Report of the Indian Hemp Drugs Commission, 1894-1895 - Volume V
Year: 1894
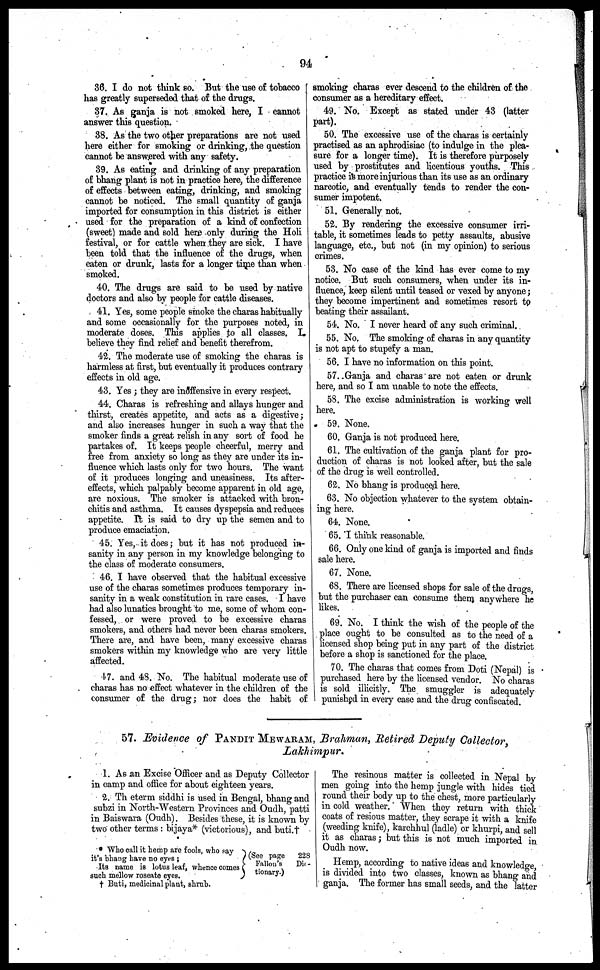
94
36. I do not think so. But the use of tobacco
has greatly superseded that of the drugs.
37. As ganja is not smoked here, I cannot
answer this question.
38. As the two othr preparations are not used
hero either for smoking or drinking, the question
cannot be answered with any safety.
39. As eating and drinking of any preparation
of bhang plant is not in practice here, the difference
of effects between eating, drinking, and smoking
cannot bo noticed. The small quantity of ganja
imported for consumption in this district is either
used for the preparation of a kind of confection
(sweet) made and sold here only during the Holi
festival, or for cattle when they are sick. I have
been told that the influence of the drugs, when
caton or drunk, lasts for a longer time than when
smoked.
40. The drugs are said to be used by native
doctors and also by people for cattle diseases.
41. Yes, some people smoke the charas habitually
and some occasionally for the purposes noted, in
moderate doses. This applies to all classes. I,
believe they find relief and benefit therefrom.
42. The moderate use of smoking the charas is
harmless at first, but eventually it produces contrary
effects in old age.
43. Yes ; they are inoffensive in every respect.
44. Charas is refreshing and allays hunger and
thirst, creates appetite, and acts as a digestive;
and also increases hunger in such a way that the
smoker finds a great relish in any sort of food he
partakes of. It keeps people cheerful, merry and
free from anxiety so long as they are under its in-
fluence which lasts only for two hours. The want
of it produces longing and uneasiness. Its after-
effects, which palpably become apparent in old age,
are noxious. The smoker is attacked with bron-
chitis and asthma. It causes dyspepsia and reduces
appetite. It is said to dry up the semen and to
produce emaciation.
45. Yes, it does; but it has not produced in-
sanity in any person in my knowledge belonging to
the class of moderate consumers.
46. I have observed that the habitual excessive
use of the charas sometimes produces temporary in-
sanity in a weak constitution in rare cases. I have
had also lunatics brought to me, some of whom con-
fessed, or were proved to bo excessive charas
smokers, and others had never been charas smokers.
There are, and have been, many excessive charas
smokers within my knowledge who are very little
affected.
47. and 48. No. The habitual moderate use of
charas has no effect whatever in the children of the
consumer of the drug; nor does the habit of
smoking charas ever descend to the children of the
consumer as a hereditary effect.
49. No. Except as stated under 43 (latter
part).
50. The excessive use of the charas is certainly
practised as an aphrodisiac (to indulge in the plea-
sure for a longer time). It is therefore purposely
used by prostitutes and licentious youths. This
practice is more injurious than its use as an ordinary
narcotic, and eventually tends to render the con-
sumer impotent.
51. Generally not.
52. By rendering the excessive consumer irri-
table, it sometimes leads to petty assaults, abusive
language, etc., but not (in my opinion) to serious
crimes.
53. No case of the kind has ever come to my
notice. But such consumers, when under its in-
fluence, keep silent until teased or vexed by anyone;
they become impertinent and sometimes resort to
beating their assailant.
54. No. I never heard of any such criminal.
55. No. The smoking of charas in any quantity
is not apt to stupefy a man.
56. I have no information on this point.
57. Ganja and charas are not eaten or drunk
here, and so I am unable to note the effects.
58. The excise administration is working well
here.
59. None.
60. Ganja is not produced here.
61. The cultivation of the ganja plant for pro-
duction of charas is not looked after, but the sale
of the drug is well controlled.
62. No bhang is produced here.
63. No objection whatever to the system obtain-
ing here.
64. None.
65. I think reasonable.
66. Only one kind of ganja is imported and finds
sale here.
67. None.
68. There are licensed shops for sale of the drugs,
but the purchaser can consume them anywhere he
likes.
69. No. I think the wish of the people of the
place ought to be consulted as to the need of a
licensed shop being put in any part of the district
before a shop is sanctioned for the place.
70. The charas that comes from Doti (Nepal) is
purchased hero by the licensed vendor. No charas
is sold illicitly. The smuggler is adequately
punished in every case and the drug confiscated.
57. Evidence of PANDIT MEWARAM, Brahman, Retired Deputy Collector,
Lakhimpur.
1. As an Excise Officer and as Deputy Collector
in camp and office for about eighteen years.
2. Th eterm siddhi is used in Bengal, bhang and
subzi in North-Western Provinces and Oudh, patti
in Baiswara (Oudh). Besides these, it is known by
two other terms: bijaya* (victorious), and buti.†
* Who call it hemp are fools, who say
it's bhang have no eyes ;
Its Dame is lotus leaf, whence comes
such mellow roseate eyes.
† Buti, medicinal plant , shrub.
(See page 228
Fallon's Dis-
tionary.)
The resinous matter is collected in Nepal by
men going into the hemp jungle with hides tied
round their body up to the chest, more particularly
in cold weather. When they return with thick
coats of resious matter, they scrape it with a knife
(weeding knife), karchhul (ladle) or khurpi, and sell
it as charas; but this is not much imported in
Oudh now.
Hemp, according to native ideas and knowledge,
is divided into two classes, known as bhang and
ganja. The former has small seeds, and the latter